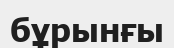
бұрынғы